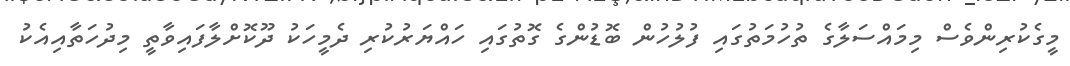
މީގެކުރިންވެސް މިމައްސަލާގެ ތުހުމަތުގައި ފުލުހުން ބޮޑުންގެ ގޮތުގައި ހައްޔަރުކުރި ދެމީހަކު ދޫކޮށްލާފައިވާތީ މިދުހަތާއިއެކު